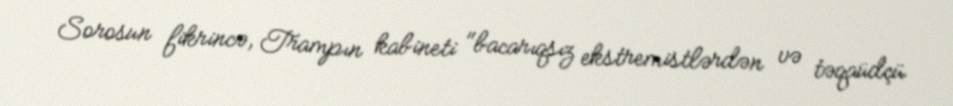
Sorosun fikrincə, Trampın kabineti "bacarıqsız ekstremistlərdən və təqaüdçü